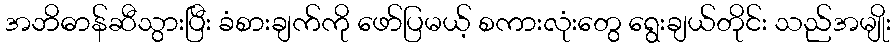
အဘိဓာန်ဆီသွားပြီး ခံစားချက်ကို ဖော်ပြမယ့် စကားလုံးတွေ ရွေးချယ်တိုင်း သည်အမျိုး